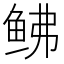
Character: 𫚒